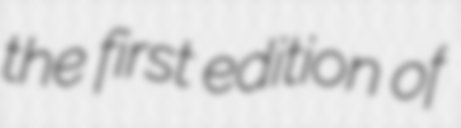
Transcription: the first edition of